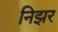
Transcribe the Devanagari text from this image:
निझर